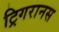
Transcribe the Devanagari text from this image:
ट्रिगरानस